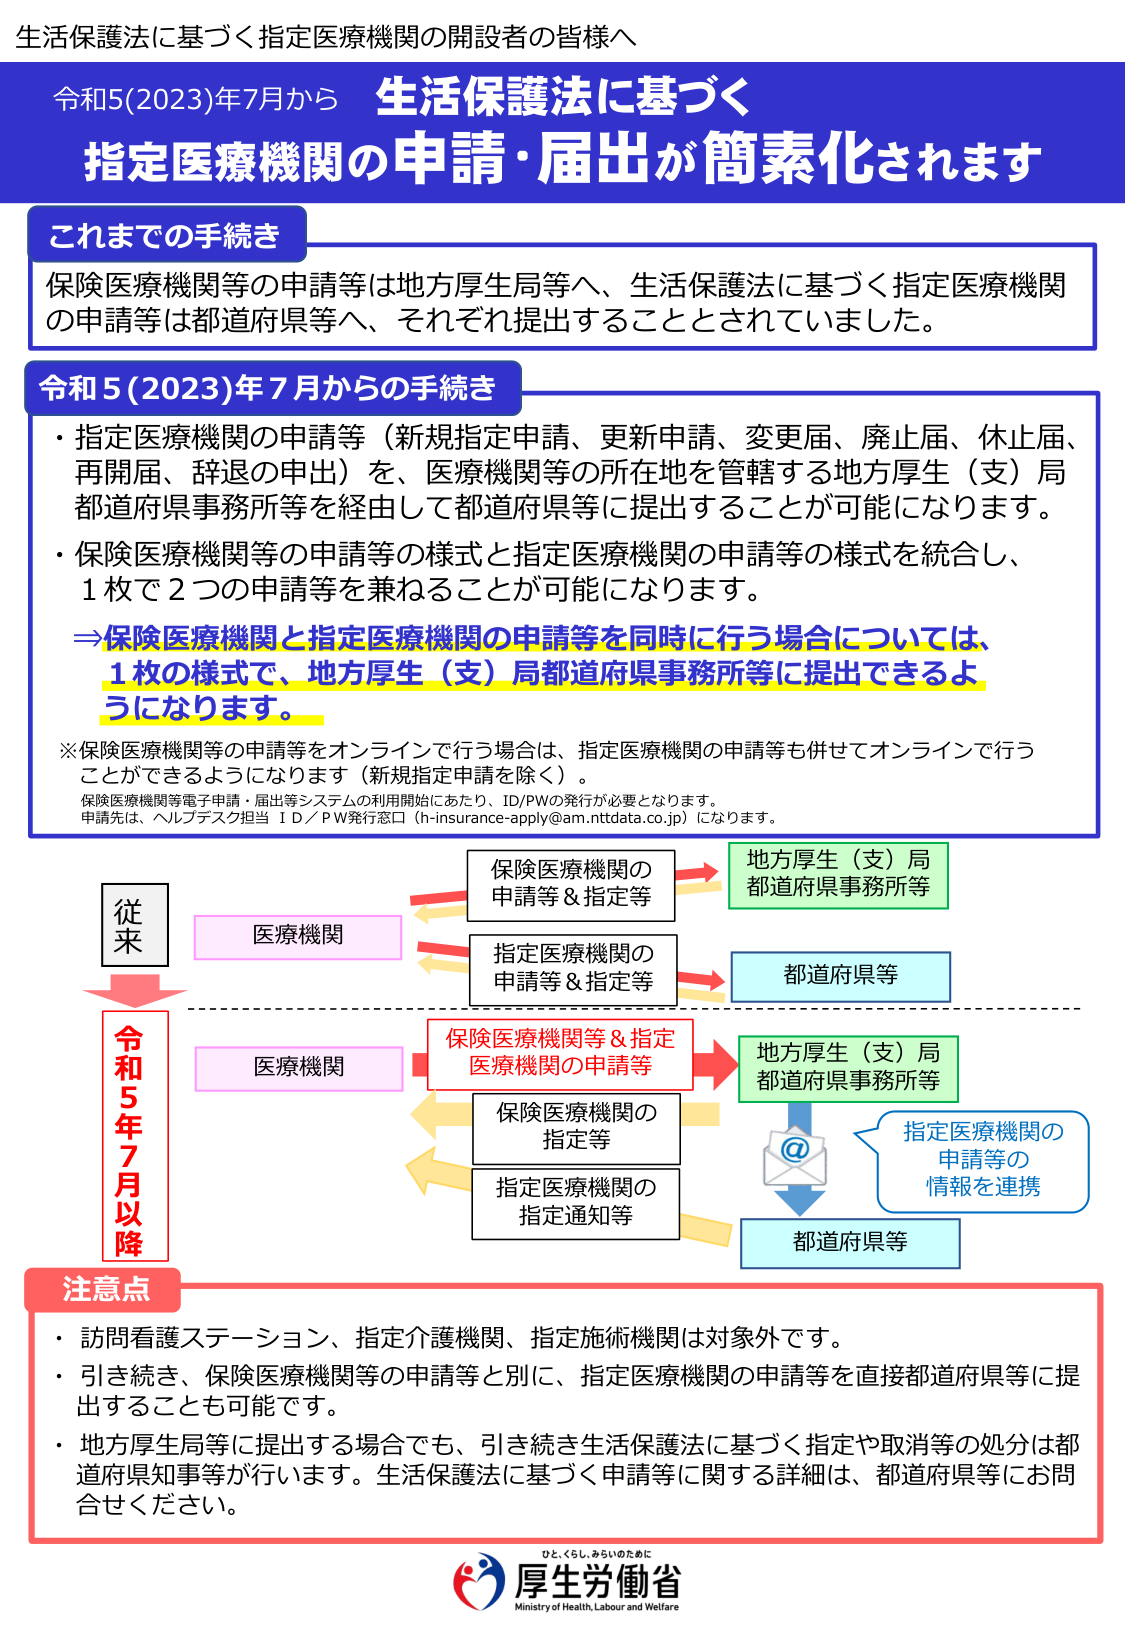
生活保護法に基づく指定医療機関の開設者の皆様へ

令和5(2023)年7月から 生活保護法に基づく
指定医療機関の申請・届出が簡素化されます

これまでの手続き
保険医療機関等の申請等は地方厚生局等へ、生活保護法に基づく指定医療機関
の申請等は都道府県等へ、それぞれ提出することとされていました。

令和5(2023)年7月からの手続き
・指定医療機関の申請等（新規指定申請、更新申請、変更届、廃止届、休止届、
再開届、辞退の申出）を、医療機関等の所在地を管轄する地方厚生（支）局
都道府県事務所等を経由して都道府県等に提出することが可能になります。
・保険医療機関等の申請等の様式と指定医療機関の申請等の様式を統合し、
1枚で2つの申請等を兼ねることが可能になります。
⇒保険医療機関と指定医療機関の申請等を同時に行う場合については、
1枚の様式で、地方厚生（支）局都道府県事務所等に提出できるよ
うになります。
※保険医療機関等の申請等をオンラインで行う場合は、指定医療機関の申請等も併せてオンラインで行う
ことができるようになります（新規指定申請を除く）。
保険医療機関等電子申請・届出等システムの利用開始にあたり、ID/PWの発行が必要となります。
申請先は、ヘルプデスク担当 ID／PW発行窓口（h-insurance-apply@am.nttdata.co.jp）になります。

従来
医療機関
保険医療機関の
申請等＆指定等
地方厚生（支）局
都道府県事務所等
指定医療機関の
申請等＆指定等
都道府県等

令和5年7月以降
医療機関
保険医療機関等＆指定
医療機関の申請等
地方厚生（支）局
都道府県事務所等
保険医療機関の
指定等
指定医療機関の
指定通知等
@ 指定医療機関の
申請等の
情報を連携
都道府県等

注意点
・訪問看護ステーション、指定介護機関、指定施術機関は対象外です。
・引き続き、保険医療機関等の申請等と別に、指定医療機関の申請等を直接都道府県等に提
出することも可能です。
・地方厚生局等に提出する場合でも、引き続き生活保護法に基づく指定や取消等の処分は都
道府県知事等が行います。生活保護法に基づく申請等に関する詳細は、都道府県等にお問
合せください。

ひと・くらし・みらいのために
厚生労働省
Ministry of Health, Labour and Welfare